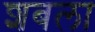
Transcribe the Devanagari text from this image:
शबला